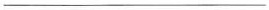
___